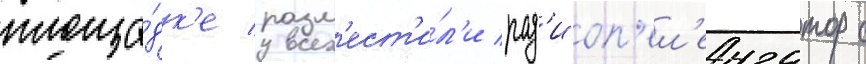
площа́дк'е разм'ест'и́л'и рад'иоп'ел'енгатор с